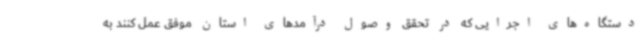
دستگاه‌های اجرایی که در تحقق وصول درآمدهای استان موفق عمل کنند به